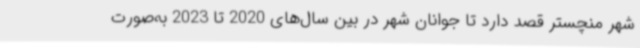
شهر منچستر قصد دارد تا جوانان شهر در بین سال‌های 2020 تا 2023 به‌صورت